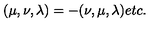
( \mu , \nu , \lambda ) = - ( \nu , \mu , \lambda ) e t c .